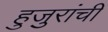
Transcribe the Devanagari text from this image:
हुजुरांची